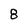
Character: 8